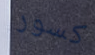
كسور